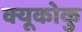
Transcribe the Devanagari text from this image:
क्यूकोकु